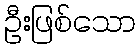
ဦးဖြစ်သော